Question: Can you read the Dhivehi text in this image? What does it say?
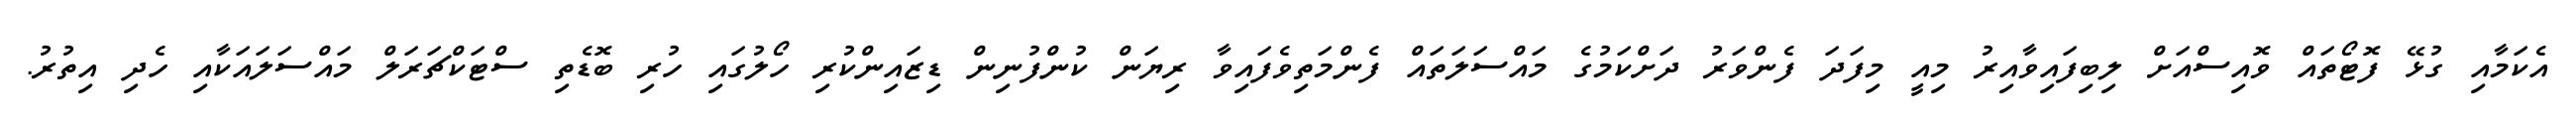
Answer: އެކަމާއި ގުޅޭ ފޮޓޯތައް ވޮއިސްއަށް ލިބިފައިވާއިރު މިއީ މިފަދަ ފެންވަރު ދަށްކަމުގެ މައްސަލަތައް ފެންމަތިވެފައިވާ ރިޔަން ކުންފުނިން ޑިޒައިންކުރި ހޯލުގައި ހުރި ބޮޑެތި ސްޓަކްޗަރަލް މައްސަލައަކާއި ހެދި އިތުރު.